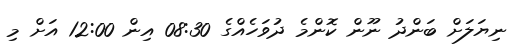
ނިޔަލަށް ބަންދު ނޫން ކޮންމެ ދުވަހެއްގެ 08:30 އިން 12:00 އަށް މި